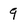
Character: 9